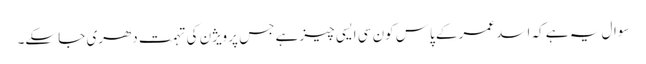
سوال یہ ہے کہ اسد عمر کے پاس کون سی ایسی چیز ہے جس پر ویژن کی تہمت دھری جا سکے۔